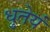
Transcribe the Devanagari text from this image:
धुतेयं